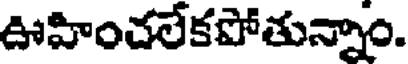
ఊహించలేకపోతున్నాం.